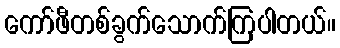
ကော်ဖီတစ်ခွက်သောက်ကြပါတယ်။